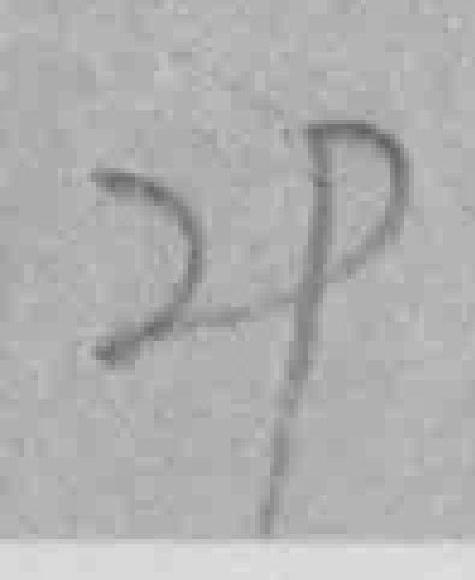
29